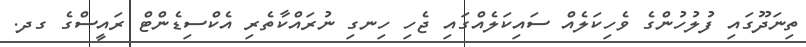
ތިނަދޫގައި ފުލުހުންގެ ވެހިކަލެއް ސައިކަލެއްގައި ޖެހި ހިނގި ނުރައްކާތެރި އެކްސިޑެންޓް ރައީސްގެ ގދ.